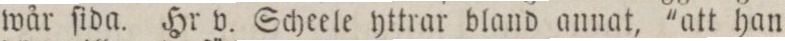
wår ſida. Hr v. Scheele yttrar bland annat, 'att han